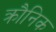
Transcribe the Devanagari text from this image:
क्रौनिक